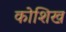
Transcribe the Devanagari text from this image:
कोशिख